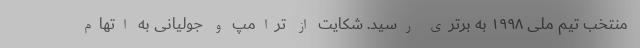
منتخب تیم ملی ۱۹۹۸ به برتری رسید. شکایت از ترامپ و جولیانی به اتهام